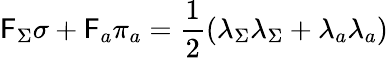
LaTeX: \mathsf{F}_{\Sigma}\sigma+\mathsf{F}_{a}\pi_{a}=\frac{{1}}{{2}}(\lambda_{\Sigma}\lambda_{\Sigma}+\lambda_{a}\lambda_{a})